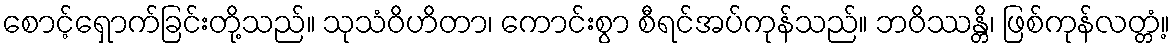
စောင့်ရှောက်ခြင်းတို့သည်။ သုသံဝိဟိတာ၊ ကောင်းစွာ စီရင်အပ်ကုန်သည်။ ဘဝိဿန္တိ၊ ဖြစ်ကုန်လတ္တံ့။